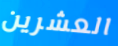
العشرين